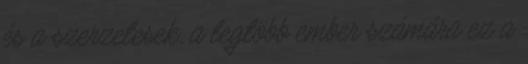
és a szerzetesek, a legtöbb ember számára ez a